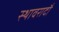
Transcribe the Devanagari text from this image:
स्थावरादौ